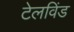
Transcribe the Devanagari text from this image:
टेलविंड